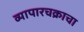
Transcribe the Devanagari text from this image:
व्यापारचक्राचा